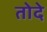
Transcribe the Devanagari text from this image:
तोदे